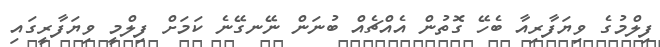
ފިލްމުގެ ވިޔަފާރިއާ ބެހޭ ގޮތުން އެއްޗެއް ބުނަން ނޭނގޭނެ ކަމަށް ފިލްމީ ވިޔަފާރީގައި